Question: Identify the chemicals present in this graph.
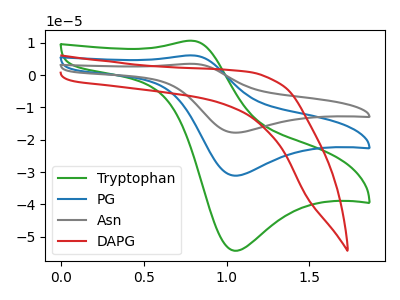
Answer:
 <answer>The green curve is labeled "Tryptophan". The blue curve is labeled "PG". The gray curve is labeled "Asn". The red curve is labeled "DAPG".</answer>
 <eval></eval>